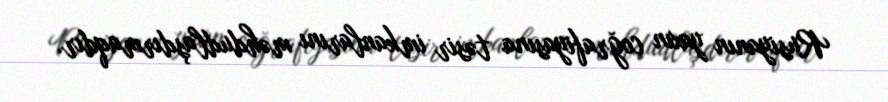
Rusiyanın yaxın coğrafiyasına təsir imkanlarını məhdudlaşdırmaqdır.